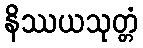
နိဿယသုတ္တံ